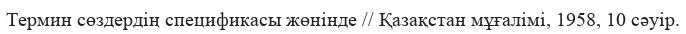
Термин сөздердің спецификасы жөнінде // Қазақстан мұғалімі, 1958, 10 сәуір.